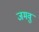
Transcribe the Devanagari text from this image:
जमवु